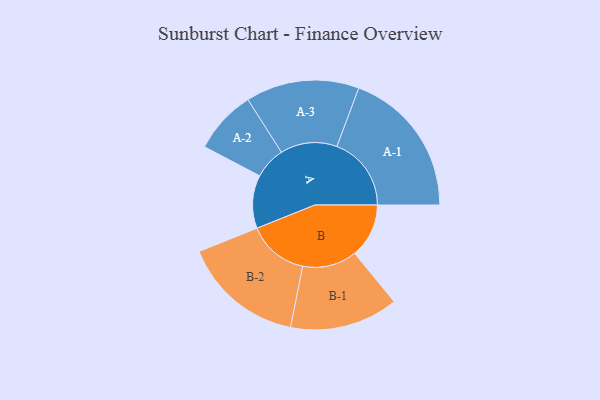
{"axis": {"x": "Segment", "y": "Value"}, "legend": ["", "A", "B"], "data": [{"x": "A", "y": 192, "type": ""}, {"x": "B", "y": 196, "type": ""}, {"x": "A-1", "y": 269, "type": "A"}, {"x": "A-2", "y": 115, "type": "A"}, {"x": "A-3", "y": 205, "type": "A"}, {"x": "B-1", "y": 196, "type": "B"}, {"x": "B-2", "y": 220, "type": "B"}]}